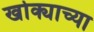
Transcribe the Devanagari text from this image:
खोक्याच्या